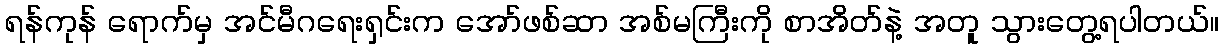
ရန်ကုန် ရောက်မှ အင်မီဂရေးရှင်းက အော်ဖစ်ဆာ အစ်မကြီးကို စာအိတ်နဲ့ အတူ သွားတွေ့ရပါတယ်။